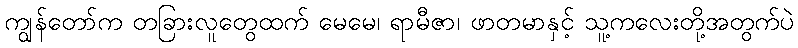
ကျွန်တော်က တခြားလူတွေထက် မေမေ၊ ရာမီဇာ၊ ဖာတမာနှင့် သူ့ကလေးတို့အတွက်ပဲ